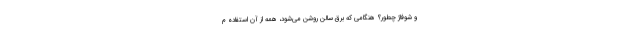
و شوفاژ چطور؟ هنگامی که برق سالن روشن می‌شود، همه از آن استفاده م